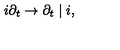
i \partial _ { t } \rightarrow \partial _ { t } \mid i ,